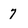
Character: 7